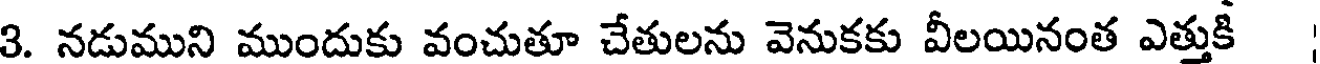
3. నడుముని ముందుకు వంచుతూ చేతులను వెనుకకు వీలయినంత ఎత్తుకీ